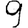
Digit: 9